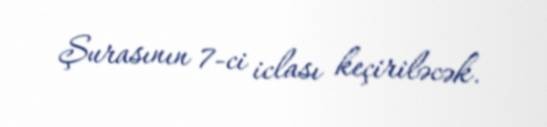
Şurasının 7-ci iclası keçiriləcək.